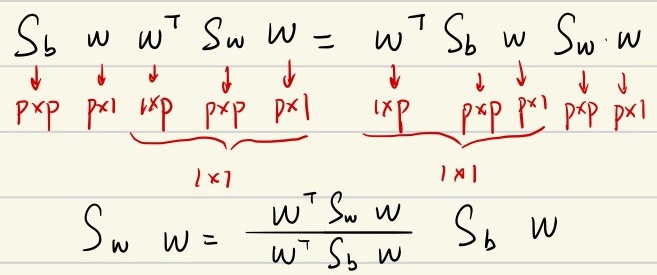
\[
\begin{align*}
S_b w w^T S_w w&=w^T S_b w S_w w\\
\underbrace{S_b}_{p\times p}\underbrace{w}_{p\times 1}\underbrace{w^T}_{1\times p}\underbrace{S_w}_{p\times p}\underbrace{w}_{p\times 1}&=\underbrace{w^T}_{1\times p}\underbrace{S_b}_{p\times p}\underbrace{w}_{p\times 1}\underbrace{S_w}_{p\times p}\underbrace{w}_{p\times 1}\\
&\quad\underbrace{}_{1\times 1}\quad\quad\quad\quad\underbrace{}_{1\times 1}\\
S_w w&=\frac{w^T S_w w}{w^T S_b w}S_b w
\end{align*}
\]